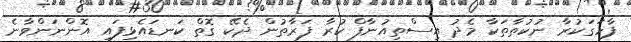
ފާހަގަކުރާ ނުކުތާތަކާ މެދު އިސްތިއުނާފް ކުރާ ފަރާތުން ދެކޭ ގޮތް ކަނޑައެޅިފައި އޮންނަންވާނެ